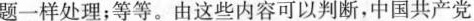
题一样处理；等等。由这些内容可以判断，中国共产党